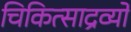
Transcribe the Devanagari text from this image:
चिकित्साद्रव्यों